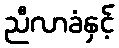
ညီလာခံနှင့်